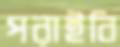
পরাইবি